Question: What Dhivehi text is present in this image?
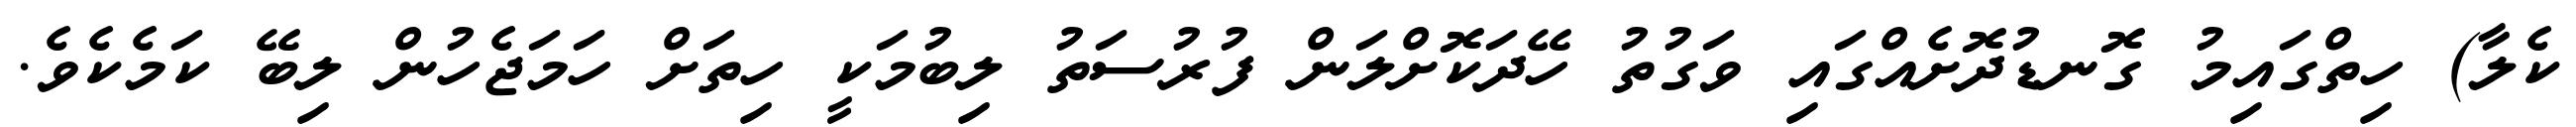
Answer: ކެލާ) ހިތްގައިމު ގޮނޑުދޮށެއްގައި ވަގުތު ހޭދަކޮށްލަން ފުރުސަތު ލިބުމަކީ ހިތަށް ހަމަޖެހުން ލިބޭ ކަމެކެވެ.